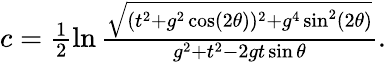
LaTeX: \begin{array}{r}{c=\frac{1}{2}\ln{\frac{\sqrt{(t^{2}+g^{2}\cos(2\theta))^{2}+g^{4}\sin^{2}(2\theta)}}{g^{2}+t^{2}-2gt\sin\theta}}.}\end{array}